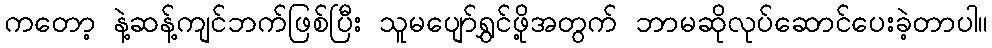
ကတော့ နဲ့ဆန့်ကျင်ဘက်ဖြစ်ပြီး သူမပျော်ရွှင်ဖို့အတွက် ဘာမဆိုလုပ်ဆောင်ပေးခဲ့တာပါ။